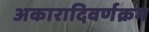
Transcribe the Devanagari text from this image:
अकारादिवर्णक्रम